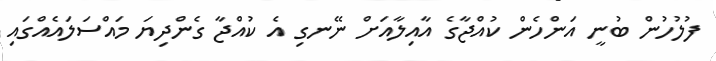
ފުލުހުން ބުނީ އަންހެން ކުއްޖާގެ އާއިލާއަށް ނޭނގި އެ ކުއްޖާ ގެންދިޔަ މައްސަލައެއްގައި